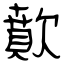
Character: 歕